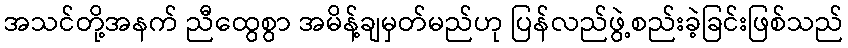
အသင်တို့အနက် ညီထွေစွာ အမိန့်ချမှတ်မည်ဟု ပြန်လည်ဖွဲ့စည်းခဲ့ခြင်းဖြစ်သည်